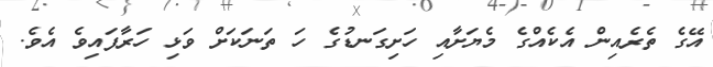
އޭގެ ތެރެއިން އެކެއްގެ މެޔަށާއި ހަށިގަނޑުގެ ހަ ތަނަކަށް ވަޅި ހަރާފައިވެ އެވެ.